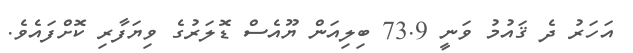
އަހަރު ދެ ޤައުމު ވަނީ 73.9 ބިލިއަން ޔޫއެސް ޑޮލަރުގެ ވިޔަފާރި ކޮށްފައެވެ.